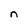
Character: n